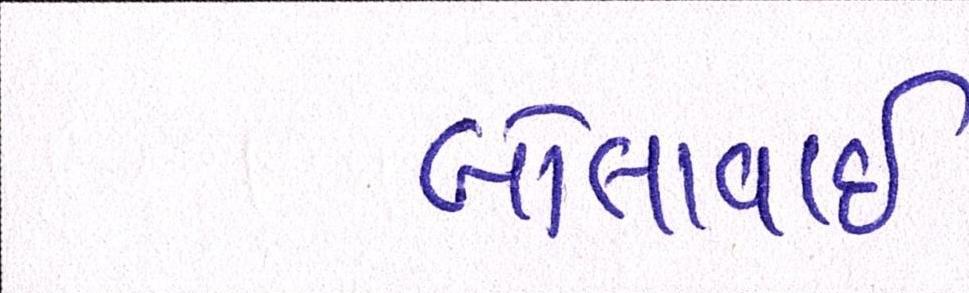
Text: બોલાવાઇ